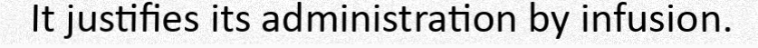
It justifies its administration by infusion.